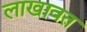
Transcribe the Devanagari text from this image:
लाखावत